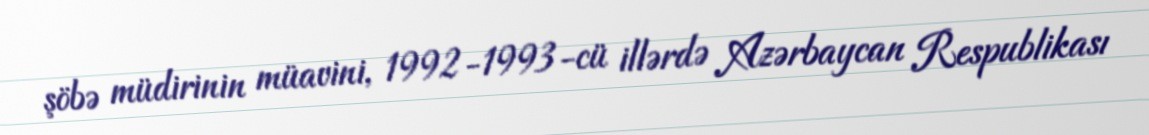
şöbə müdirinin müavini, 1992-1993-cü illərdə Azərbaycan Respublikası